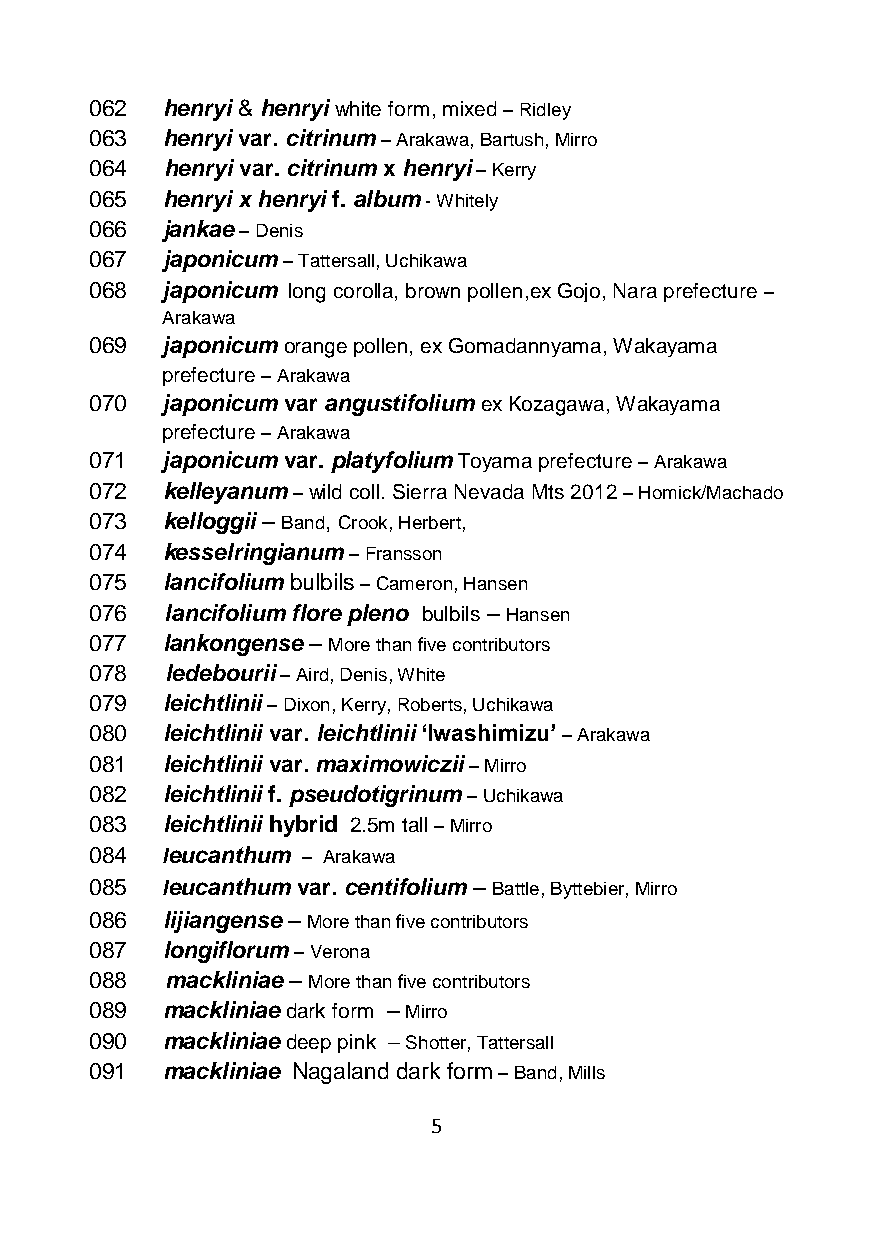
062  henryi & henryi white form, mixed – Ridley
 063  henryi var. citrinum – Arakawa, Bartush, Mirro
 064  henryi var. citrinum x henryi – Kerry
 065  henryi x henryi f. album - Whitely
 066  jankae – Denis
 067  japonicum – Tattersall, Uchikawa
 068  japonicum long corolla, brown pollen,ex Gojo, Nara prefecture –
 Arakawa
 069  japonicum orange pollen, ex Gomadannyama, Wakayama
 prefecture – Arakawa
 070  japonicum var angustifolium ex Kozagawa, Wakayama
 prefecture – Arakawa
 071  japonicum var. platyfolium Toyama prefecture – Arakawa
 072  kelleyanum – wild coll. Sierra Nevada Mts 2012 – Homick/Machado
 073  kelloggii – Band, Crook, Herbert,
 074  kesselringianum – Fransson
 075  lancifolium bulbils – Cameron, Hansen
 076  lancifolium flore pleno bulbils – Hansen
 077  lankongense – More than five contributors
 078  ledebourii – Aird, Denis, White
 079  leichtlinii – Dixon, Kerry, Roberts, Uchikawa
 080  leichtlinii var. leichtlinii ‘Iwashimizu’ – Arakawa
 081  leichtlinii var. maximowiczii – Mirro
 082  leichtlinii f. pseudotigrinum – Uchikawa
 083  leichtlinii hybrid 2.5m tall – Mirro
 084  leucanthum – Arakawa
 085  leucanthum var. centifolium – Battle, Byttebier, Mirro
 086  lijiangense – More than five contributors
 087  longiflorum – Verona
 088  mackliniae – More than five contributors
 089  mackliniae dark form – Mirro
 090  mackliniae deep pink – Shotter, Tattersall
 091  mackliniae Nagaland dark form – Band, Mills
 5